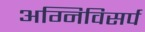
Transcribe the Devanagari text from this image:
अग्निविसर्प